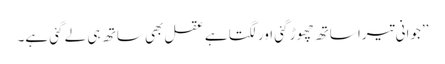
’’جوانی تیرا ساتھ چھوڑ گئی اور لگتا ہے عقل بھی ساتھ ہی لے گئی ہے۔